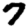
Digit: 7